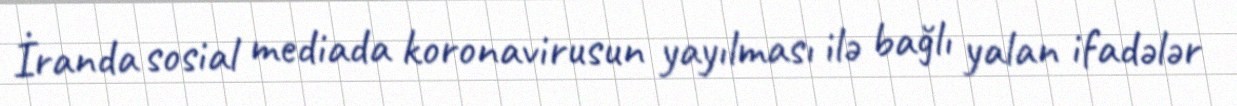
İranda sosial mediada koronavirusun yayılması ilə bağlı yalan ifadələr